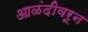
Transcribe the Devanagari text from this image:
आळंदीवरून